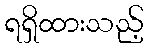
ရရှိထားသည့်